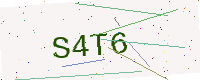
Text: S4T6